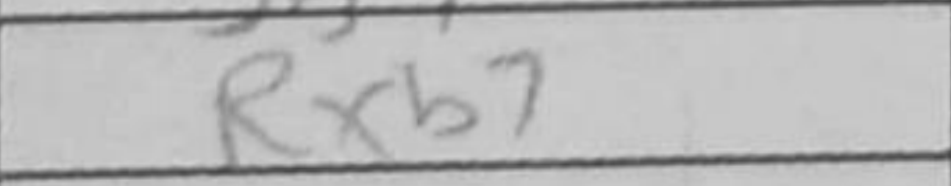
Transcription: Rxb7